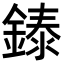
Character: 𬫳